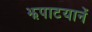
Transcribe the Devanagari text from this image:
झपाटयानें